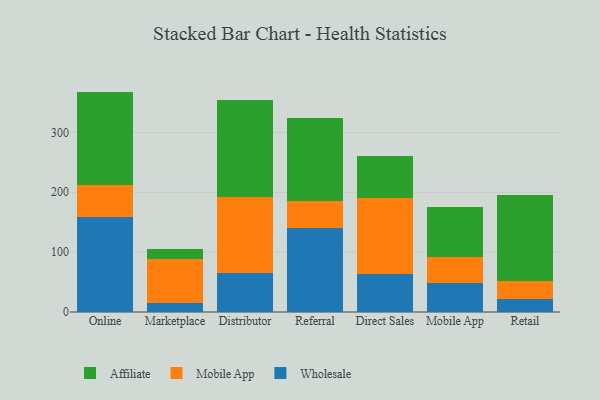
{"axis": {"x": "Channel", "y": "Population (Million)"}, "legend": ["Affiliate", "Mobile App", "Wholesale"], "data": [{"x": "Online", "y": 159.2, "type": "Wholesale"}, {"x": "Online", "y": 53.1, "type": "Mobile App"}, {"x": "Online", "y": 155.8, "type": "Affiliate"}, {"x": "Marketplace", "y": 15.4, "type": "Wholesale"}, {"x": "Marketplace", "y": 72.6, "type": "Mobile App"}, {"x": "Marketplace", "y": 17.0, "type": "Affiliate"}, {"x": "Distributor", "y": 65.2, "type": "Wholesale"}, {"x": "Distributor", "y": 127.5, "type": "Mobile App"}, {"x": "Distributor", "y": 161.2, "type": "Affiliate"}, {"x": "Referral", "y": 140.9, "type": "Wholesale"}, {"x": "Referral", "y": 44.9, "type": "Mobile App"}, {"x": "Referral", "y": 138.8, "type": "Affiliate"}, {"x": "Direct Sales", "y": 63.1, "type": "Wholesale"}, {"x": "Direct Sales", "y": 127.0, "type": "Mobile App"}, {"x": "Direct Sales", "y": 69.9, "type": "Affiliate"}, {"x": "Mobile App", "y": 48.1, "type": "Wholesale"}, {"x": "Mobile App", "y": 43.3, "type": "Mobile App"}, {"x": "Mobile App", "y": 84.2, "type": "Affiliate"}, {"x": "Retail", "y": 22.1, "type": "Wholesale"}, {"x": "Retail", "y": 29.3, "type": "Mobile App"}, {"x": "Retail", "y": 144.7, "type": "Affiliate"}]}